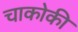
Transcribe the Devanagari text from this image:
चाकोकी